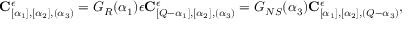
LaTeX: { \bf C } _ { [ \alpha _ { 1 } ] , [ \alpha _ { 2 } ] , ( \alpha _ { 3 } ) } ^ { \epsilon } = G _ { R } ( \alpha _ { 1 } ) \epsilon { \bf C } _ { [ Q - \alpha _ { 1 } ] , [ \alpha _ { 2 } ] , ( \alpha _ { 3 } ) } ^ { \epsilon } = G _ { N S } ( \alpha _ { 3 } ) { \bf C } _ { [ \alpha _ { 1 } ] , [ \alpha _ { 2 } ] , ( Q - \alpha _ { 3 } ) } ^ { \epsilon } ,